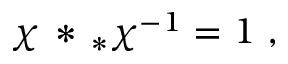
\chi \, * \, _ { * } \chi ^ { - 1 } = 1 \, \, ,